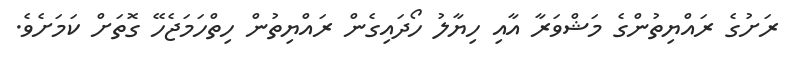
ރަށުގެ ރައްޔިތުންގެ މަޝްވަރާ އާއި ހިޔާލު ހޯދައިގެން ރައްޔިތުން ހިތްހަމަޖެހޭ ގޮތަށް ކަމަށެވެ.